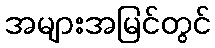
အများအမြင်တွင်